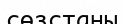
сөзстаны